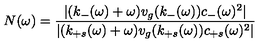
N ( \omega ) = \frac { | ( k _ { - } ( \omega ) + \omega ) v _ { g } ( k _ { - } ( \omega ) ) c _ { - } ( \omega ) ^ { 2 } | } { | ( k _ { + s } ( \omega ) + \omega ) v _ { g } ( k _ { + s } ( \omega ) ) c _ { + s } ( \omega ) ^ { 2 } | }